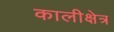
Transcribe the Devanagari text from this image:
कालीक्षेत्र